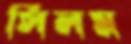
সিলম